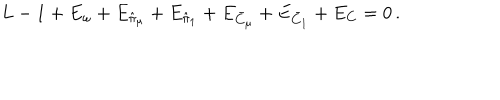
L - 1 + E _ { \omega } + E _ { \hat { \pi } _ { \mu } } + E _ { \hat { \pi } _ { 1 } } + E _ { \bar { C } _ { \mu } } + E _ { \bar { C } _ { 1 } } + E _ { C } = 0 \, .